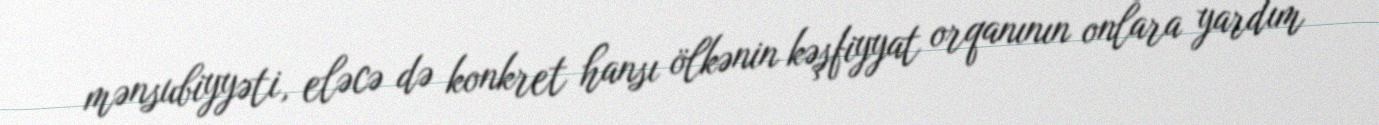
mənsubiyyəti, eləcə də konkret hansı ölkənin kəşfiyyat orqanının onlara yardım